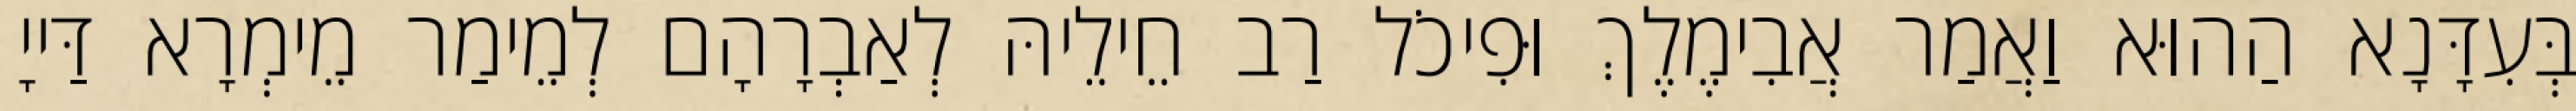
בְּעִדָּנָא הַהוּא וַאֲמַר אֲבִימֶלֶךְ וּפִיכֹל רַב חֵילֵיהּ לְאַבְרָהָם לְמֵימַר מֵימְרָא דַּייָ